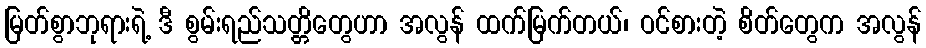
မြတ်စွာဘုရားရဲ့ ဒီ စွမ်းရည်သတ္တိတွေဟာ အလွန် ထက်မြက်တယ်၊ ဝင်စားတဲ့ စိတ်တွေက အလွန်